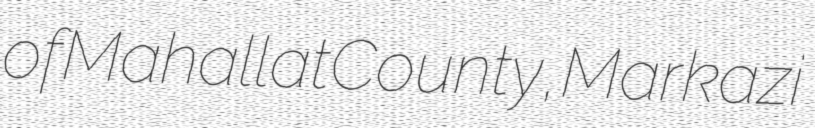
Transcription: of Mahallat County, Markazi